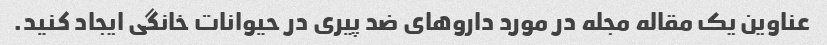
عناوین یک مقاله مجله در مورد داروهای ضد پیری در حیوانات خانگی ایجاد کنید.